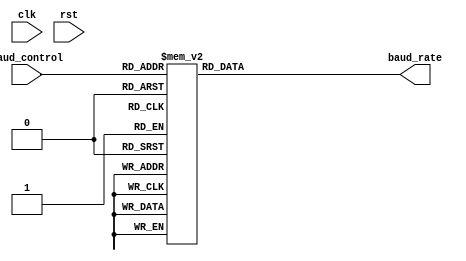
`timescale 1ns / 1ps
//***************************************************************//
//                                                               // 
//  Created by       Nguyen Doan on 2/28/2020	                 //
//  Copyright @ 2020 Nguyen Doan. All rights reserved,           //
//                                                               //    
//                                                               // 
//  In submiting this file for class work ar CSULB               //
//  I am confirming that this is my work and the work      	 //
//  of no one else. In submitting this code I acknowledge that   //
//  plagiarism in student project work is subject to dismissal 	 //
//  from the class                                               //    
//***************************************************************//

module baud_decode(clk, rst, baud_control, baud_rate);
    input           clk, rst;
    input    [3:0]  baud_control; 
    output  [18:0]  baud_rate;
    
    reg     [18:0]  baud_rate;
    
    always @(*)
        case(baud_control)
            4'b0000: baud_rate = 19'd333_333;
            4'b0001: baud_rate = 19'd83_333;
            4'b0010: baud_rate = 19'd41_667;
            4'b0011: baud_rate = 19'd20_833;
            4'b0100: baud_rate = 19'd10_417;
            4'b0101: baud_rate = 19'd5_208;
            4'b0110: baud_rate = 19'd2_604;
            4'b0111: baud_rate = 19'd1_736;
            4'b1000: baud_rate = 19'd868;
            4'b1001: baud_rate = 19'd434;
            4'b1010: baud_rate = 19'd217;
            4'b1011: baud_rate = 19'd109;
            default: baud_rate = 19'd10_417;
        endcase
            
endmodule